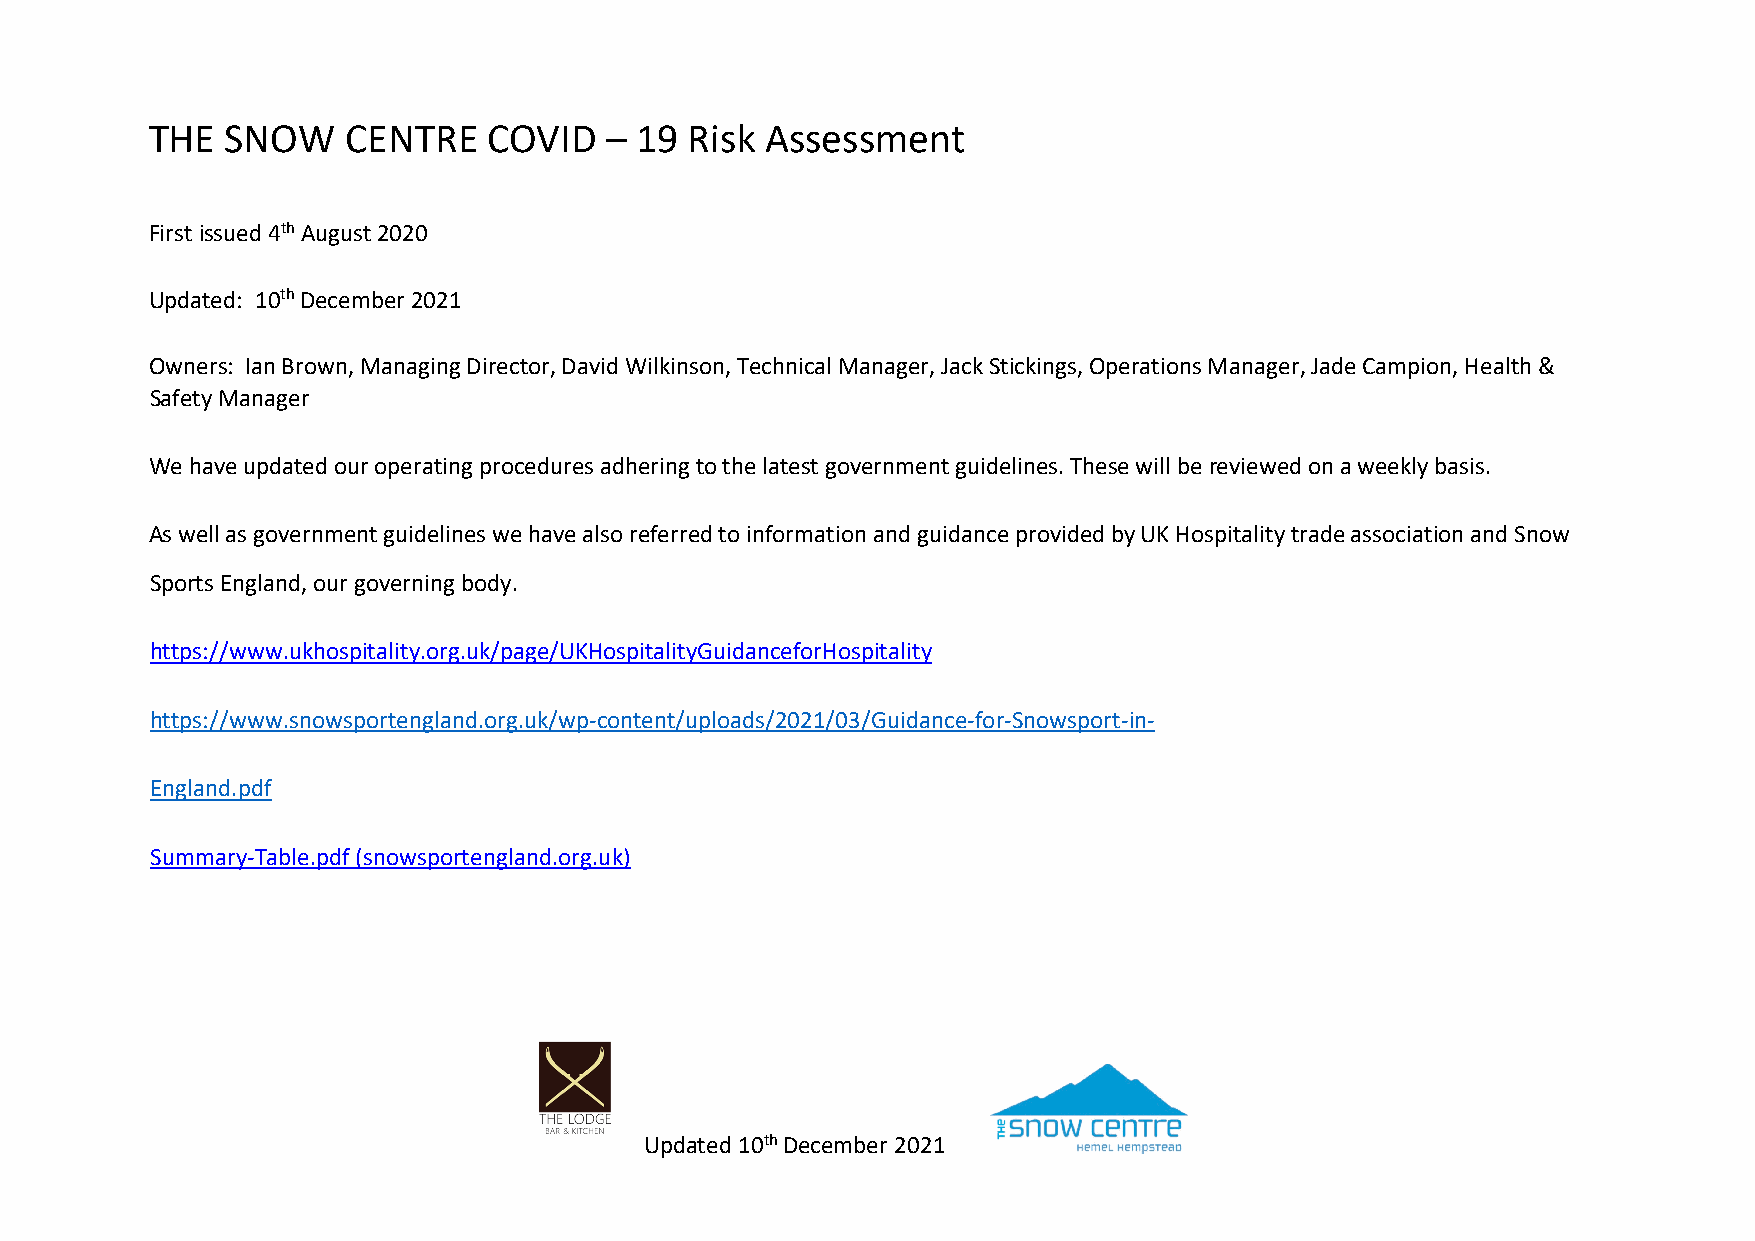
THE  SNOW    CENTRE   COVID   – 19  Risk Assessment
 First issued 4th August 2020
 Updated: 10th December 2021
 Owners: Ian Brown, Managing Director, David Wilkinson, Technical Manager, Jack Stickings, Operations Manager, Jade Campion, Health &
 Safety Manager
 We have updated our operating procedures adhering to the latest government guidelines. These will be reviewed on a weekly basis.
 As well as government guidelines we have also referred to information and guidance provided by UK Hospitality trade association and Snow
 Sports England, our governing body.
 https://www.ukhospitality.org.uk/page/UKHospitalityGuidanceforHospitality
 https://www.snowsportengland.org.uk/wp-content/uploads/2021/03/Guidance-for-Snowsport-in-
 England.pdf
 Summary-Table.pdf (snowsportengland.org.uk)
 Updated 10th December 2021